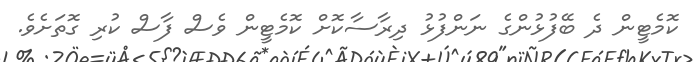
ކޮމެޓީން ދެ ބޭފުޅުންގެ ނަންފުޅު ދިރާސާކޮށް ކޮމެޓީން ވެސް ފާސް ކުރި ގޮތަށެވެ.